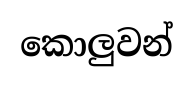
කොලුවන්